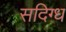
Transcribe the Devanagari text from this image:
सदिग्ध